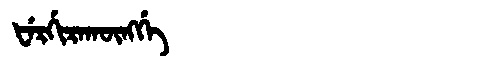
Manchu: ᡶᡝᡵᡤᡳᡵᠠᡴᡡᠩᡤᡝ
Romanization: FERGIRAKŪNGGE